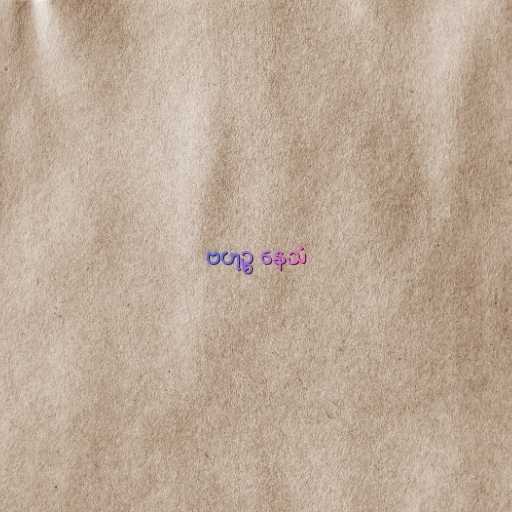
ဗဟုဉ္စ နေသံ